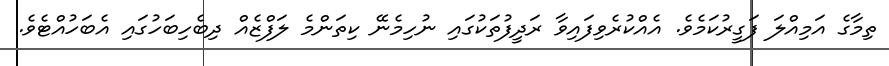
ތިމާގެ އަމިއްލަ ފަގީރުކަމެވެ. އެއްކުރެވިފައިވާ ރަދީފުތަކުގައި ނުހިމެނޭ ކިތަންމެ ލަފްޒެއް ދިބެހިބަހުގައި އެބަހުއްޓެވެ.